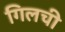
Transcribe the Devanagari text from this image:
गिलची